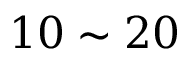
1 0 \sim 2 0